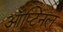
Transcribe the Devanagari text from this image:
ऑप्टिनल